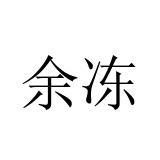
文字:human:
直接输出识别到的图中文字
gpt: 余冻